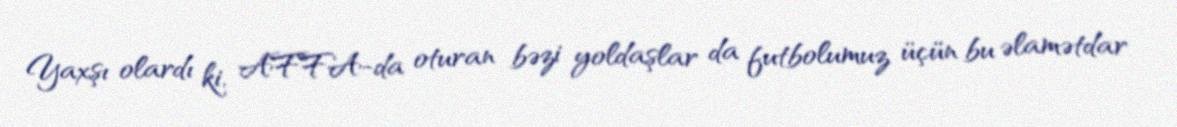
Yaxşı olardı ki, AFFA-da oturan bəzi yoldaşlar da futbolumuz üçün bu əlamətdar